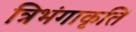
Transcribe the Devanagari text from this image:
त्रिभंगाकृतिं